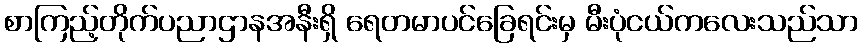
စာကြည့်တိုက်ပညာဌာနအနီးရှိ ရေတမာပင်ခြေရင်းမှ မီးပုံငယ်ကလေးသည်သာ